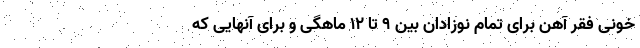
خونی فقر آهن برای تمام نوزادان بین ۹ تا ۱۲ ماهگی و برای آنهایی که